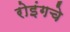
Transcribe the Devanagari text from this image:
रोइंगचे